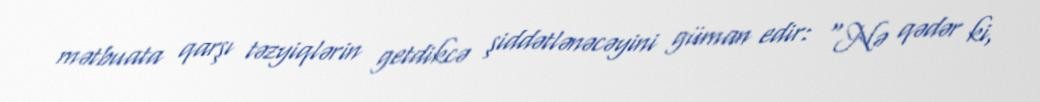
mətbuata qarşı təzyiqlərin getdikcə şiddətlənəcəyini güman edir: “Nə qədər ki,